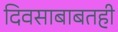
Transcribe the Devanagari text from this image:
दिवसाबाबतही